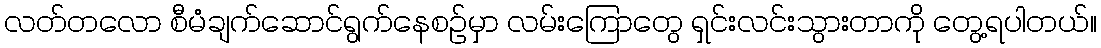
လတ်တလော စီမံချက်ဆောင်ရွက်နေစဉ်မှာ လမ်းကြောတွေ ရှင်းလင်းသွားတာကို တွေ့ရပါတယ်။